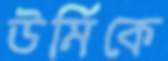
উর্মিকে